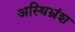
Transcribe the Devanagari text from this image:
अस्थिभ्रंश